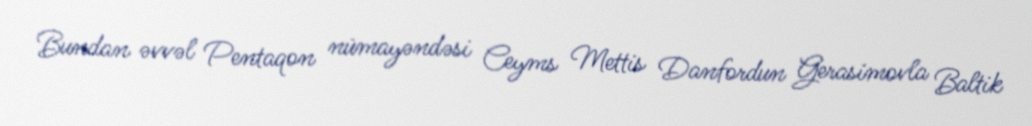
Bundan əvvəl Pentaqon nümayəndəsi Ceyms Mettis Danfordun Gerasimovla Baltik